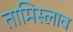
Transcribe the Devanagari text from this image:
तामिस्लाव